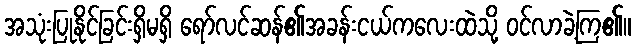
အသုံးပြုနိုင်ခြင်းရှိမရှိ ရော်လင်ဆန်၏အခန်းငယ်ကလေးထဲသို့ ဝင်လာခဲ့ကြ၏။